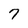
Character: 7